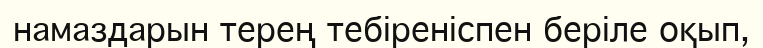
намаздарын терең тебіреніспен беріле оқып,